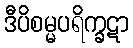
ဒီပိစမ္မပရိက္ခဋာ